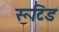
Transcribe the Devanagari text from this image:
रूटिड